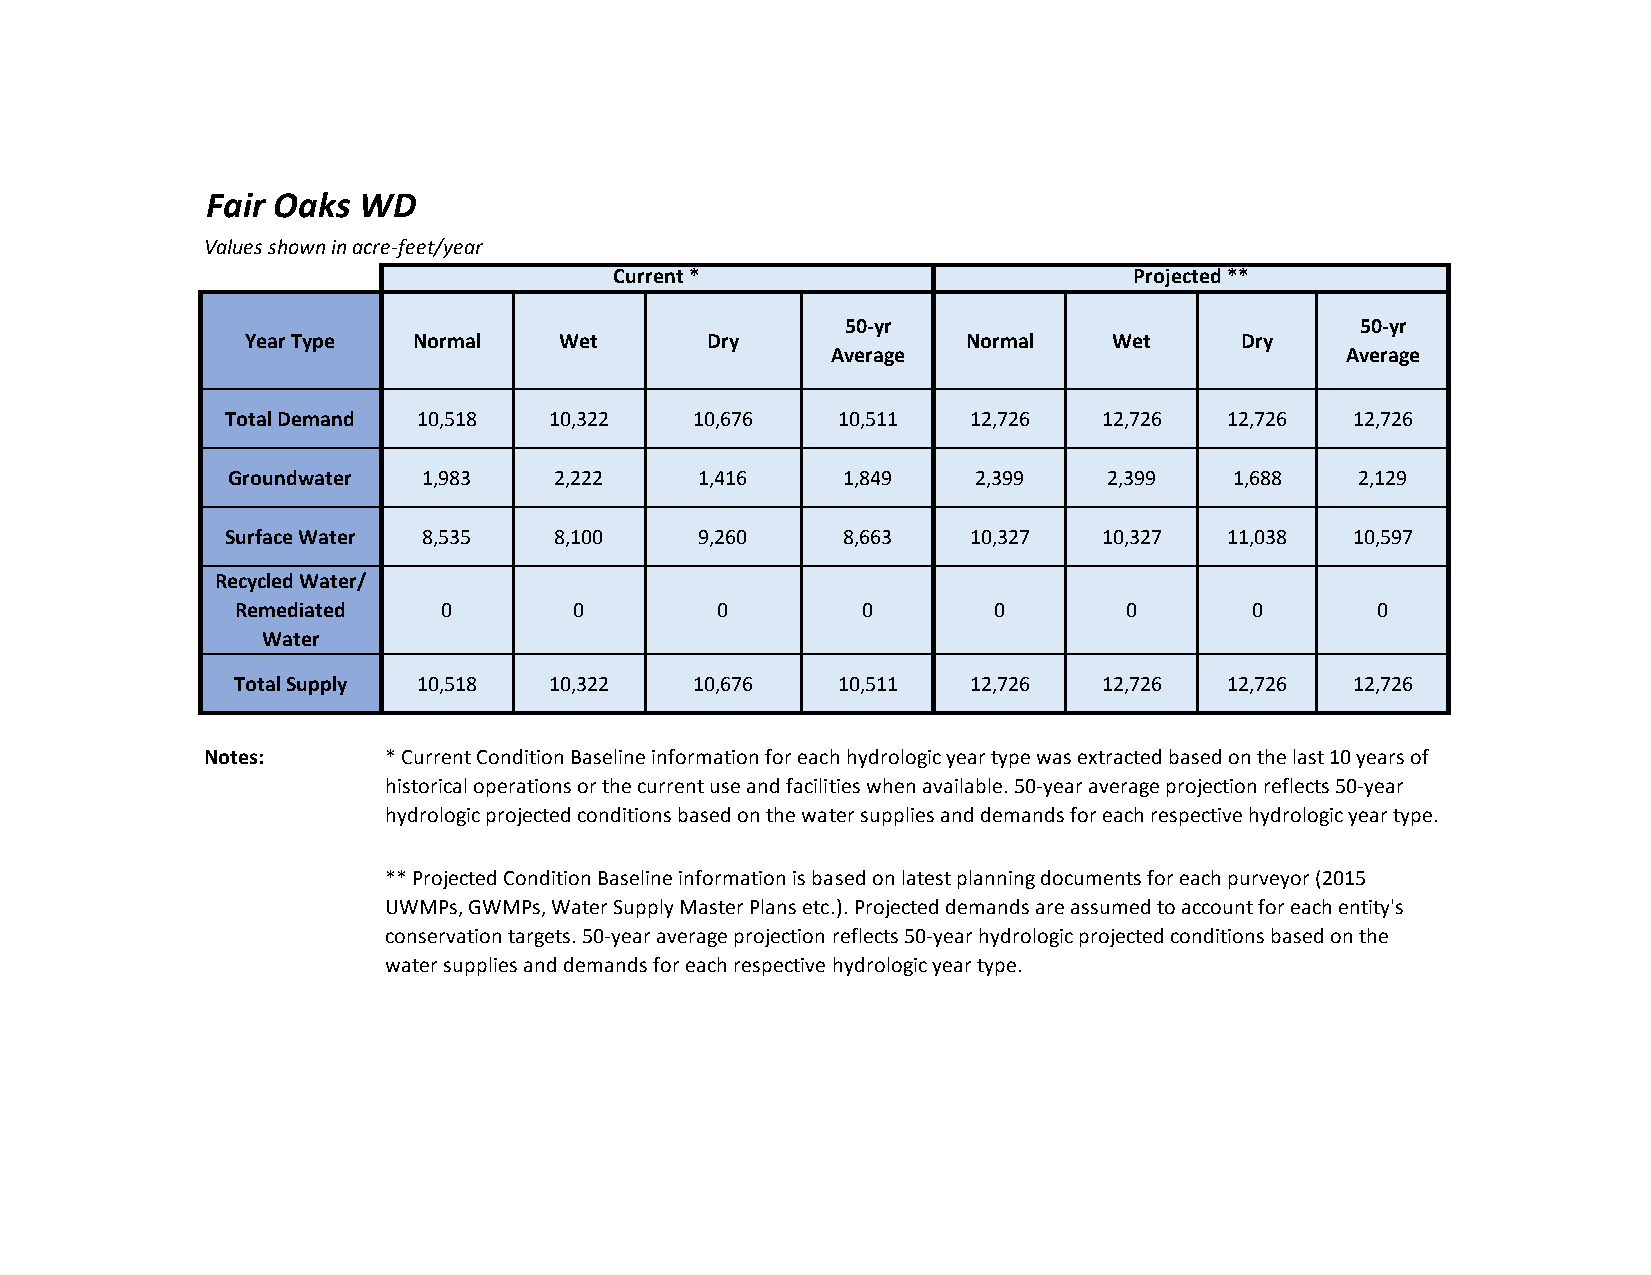
Fair Oaks WD
 Values shown in acre-feet/year
 Current *                         Projected **
 50-yr                             50-yr
 Year Type  Normal    Wet       Dry              Normal    Wet     Dry
 Average                           Average
 Total Demand 10,518  10,322    10,676   10,511   12,726   12,726  12,726   12,726
 Groundwater  1,983    2,222    1,416     1,849   2,399    2,399    1,688   2,129
 Surface Water 8,535   8,100    9,260     8,663   10,327   10,327  11,038   10,597
 Recycled Water/
 Remediated   0        0        0         0        0       0        0       0
 Water
 Total Supply 10,518  10,322    10,676   10,511   12,726   12,726  12,726   12,726
 Notes:     * Current Condition Baseline information for each hydrologic year type was extracted based on the last 10 years of
 historical operations or the current use and facilities when available. 50-year average projection reflects 50-year
 hydrologic projected conditions based on the water supplies and demands for each respective hydrologic year type.
 ** Projected Condition Baseline information is based on latest planning documents for each purveyor (2015
 UWMPs, GWMPs, Water Supply Master Plans etc.). Projected demands are assumed to account for each entity's
 conservation targets. 50-year average projection reflects 50-year hydrologic projected conditions based on the
 water supplies and demands for each respective hydrologic year type.